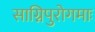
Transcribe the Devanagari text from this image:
साग्निपुरोगमाः